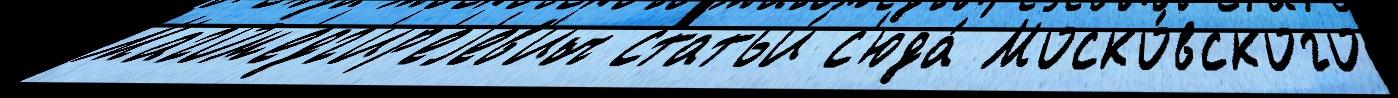
Магом'едг'ир'еjев'ич статьи́ с'юда́ Моско́вского